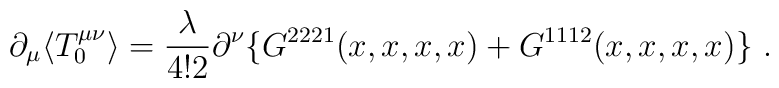
\partial_{\mu} \langle T_{0}^{\mu \nu} \rangle = \frac{\lambda}{4!2}\partial^{\nu}\{ G^{2221}(x,x,x,x) + G^{1112}(x,x,x,x) \} \ .